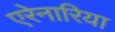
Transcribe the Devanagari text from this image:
एरेनारिया